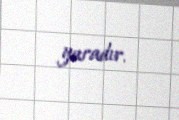
yaradır.